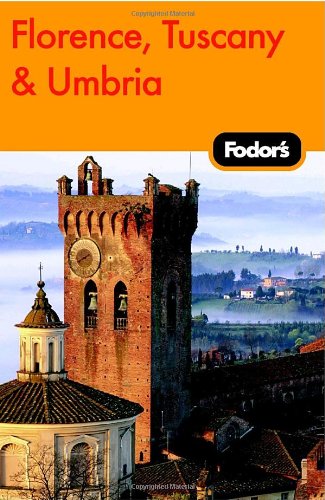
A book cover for Fodor's Florence, Tuscany, Umbria, 8th Edition (Fodor's Gold Guides); Fodor's; Travel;